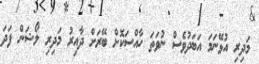
މަދިރި އުޅޭނަމަ އަބަދުވެސް ނުވަތަ ހާއްސަކޮށް ބޭރަށް ދާއިރު މަދިރި ލޯޝަން ފަދަ